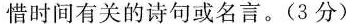
惜时间有关的诗句或名言。(3分)